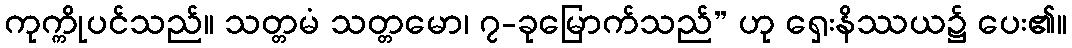
ကုက္ကိုပင်သည်။ သတ္တမံ သတ္တမော၊ ၇-ခုမြောက်သည်” ဟု ရှေးနိဿယ၌ ပေး၏။